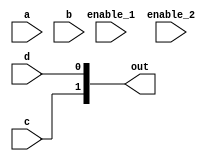
module always_multi_event(
	input enable_1,
	input enable_2,
	input a, 
	input b,
	input c,
	input d,
	output reg [1:0] out
);
	
	wire enable_local;

	assign enable_local = a & b;

	always @(enable_1 or enable_2 or enable_local) begin
		out <= {c,d};
	end

endmodule